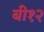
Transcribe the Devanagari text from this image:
बी१२